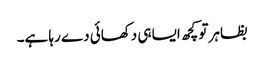
بظاہر تو کچھ ایسا ہی دکھائی دے رہا ہے۔